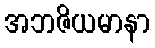
အဘဇိယမာနာ